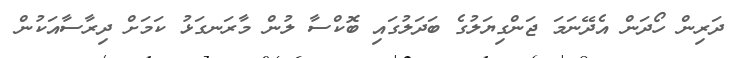
ދަރިން ހޯދަން އެދޭނަމަ ޖަންގިޔަލުގެ ބަދަލުގައި ބޮކްސާ ލުން މާރަނގަޅު ކަމަށް ދިރާސާއަކުން